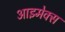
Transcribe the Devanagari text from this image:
आइमेक्स